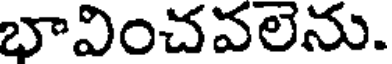
భావించవలెను.